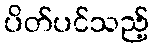
ပိတ်ပင်သည့်